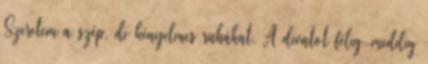
Szeretem a szép, de kényelmes ruhákat. A divatot félig-meddig